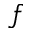
f